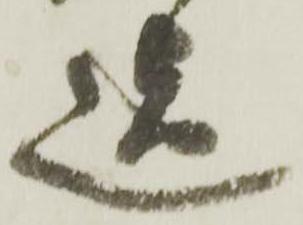
迄